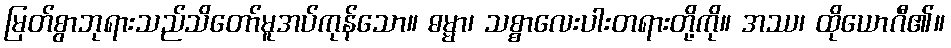
မြတ်စွာဘုရားသည်သိတော်မူအပ်ကုန်သော။ ဓမ္မာ၊ သစ္စာလေးပါးတရားတို့ကို။ အဿ၊ ထိုယောဂီ၏။